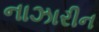
નાઝારીન